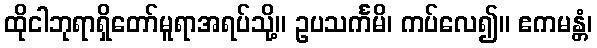
ထိုငါဘုရာရှိတော်မူရာအရပ်သို့။ ဥပသင်္ကမိ၊ ကပ်လေ၍။ ဧကမန္တံ၊